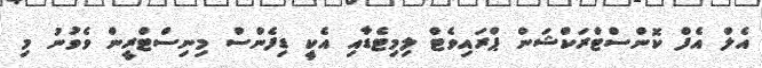
އެލް އެފް ކޮންސްޓްރަކްޝަން ޕްރައިވެޓް ލިމިޓެޑާއި އެކީ ޑިފެންސް މިނިސްޓްރީން ވެވުނު މި